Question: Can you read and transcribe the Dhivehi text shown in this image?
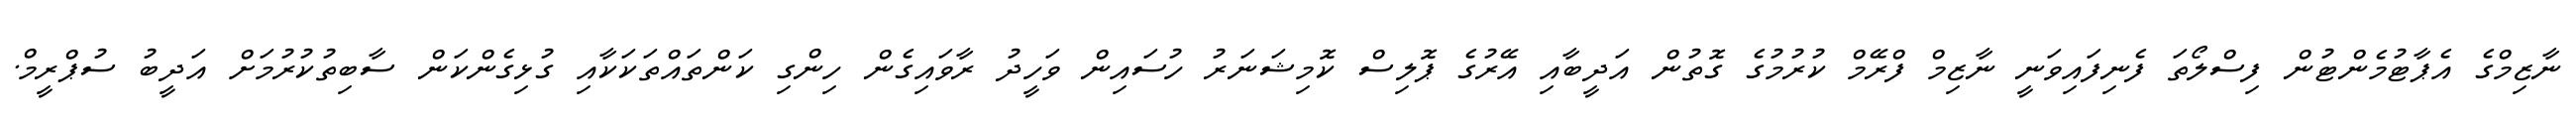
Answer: ނާޒިމްގެ އެޕާޓުމެންޓުން ފިސްލޯތަ ފެނިފައިވަނީ ނާޒިމް ފްރޭމް ކުރުމުގެ ގޮތުން އަދީބާއި އޭރުގެ ޕޮލިސް ކޮމިޝަނަރު ހުސައިން ވަހީދު ރާވައިގެން ހިންގި ކަންތައްތަކަކާއި ގުޅިގެންކަން ސާބިތުކުރުމަށް އަދީބު ސުޕްރީމް.